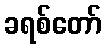
ခရစ်တော်